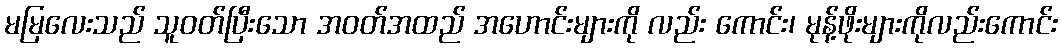
မမြလေးသည် သူဝတ်ပြီးသော အဝတ်အထည် အဟောင်းများကို လည်း ကောင်း၊ မုန့်ဖိုးများကိုလည်းကောင်း